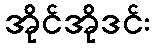
အိုင်အိုဒင်း